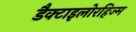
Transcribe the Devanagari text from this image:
डैक्टाइलोरहिज्म